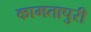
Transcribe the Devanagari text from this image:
कामतापुरी